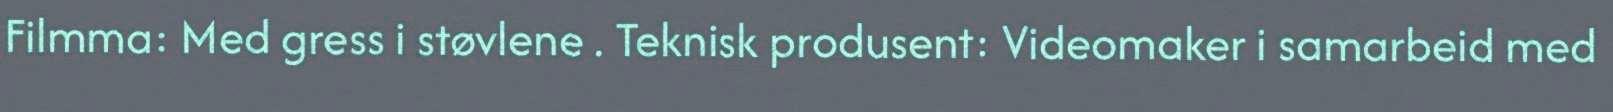
Filmma: Med gress i støvlene . Teknisk produsent: Videomaker i samarbeid med